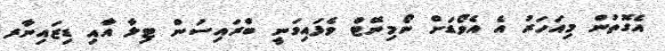
އެގޮތުން މިއަހަރު އެ އެވޯޑަށް ނޯމިނޭޓް ވެފައިވަނީ ބްރައިސަން ޓިލާ އާއި ޑިޒައިނާރ